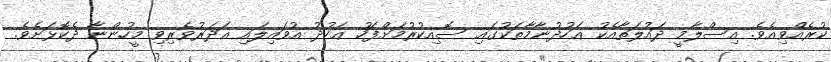
ކުރެއްވިއެވެ. އިސްލާމީ ދައުލަތާއެކު ޢަހުދުނާމާތަކުގައި ސޮއިކުރުމަށްފަހު ޢަހުދު އުވައިލައި ޣަދަރުވެރިވި މީހުންނާ ދެކޮޅަށެވެ.